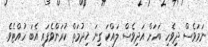
ނަމަވެސް ދިވެހި ބަހަށް އަދިވެސް ލައްކަ ގިނަ ޚިދުމަތް ކުރަންވެފައި އެބަ ހުއްޓެވެ.